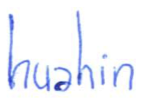
Text: huahin
Cross-out: clean
Writing tool: ballpoint